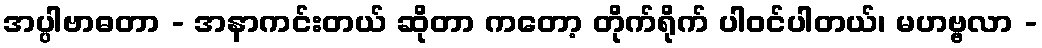
အပ္ပါဗာဓတာ - အနာကင်းတယ် ဆိုတာ ကတော့ တိုက်ရိုက် ပါဝင်ပါတယ်၊ မဟဗ္ဗလာ -